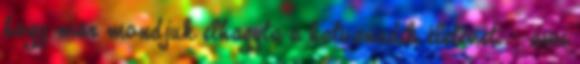
hogy már mondjuk elhagyta a hatvanadik életévét. – ami